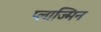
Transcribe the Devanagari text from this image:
प्लाज्मिन